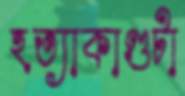
হত্যাকাণ্ডটা